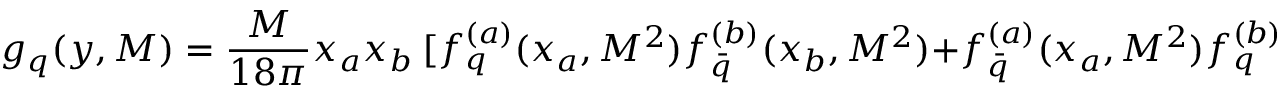
g _ { q } ( y , M ) = { \frac { M } { 1 8 \pi } } x _ { a } x _ { b } \ [ f _ { q } ^ { ( a ) } ( x _ { a } , M ^ { 2 } ) f _ { \bar { q } } ^ { ( b ) } ( x _ { b } , M ^ { 2 } ) + f _ { \bar { q } } ^ { ( a ) } ( x _ { a } , M ^ { 2 } ) f _ { q } ^ { ( b ) } ( x _ { b } , M ^ { 2 } ) ] \ ,